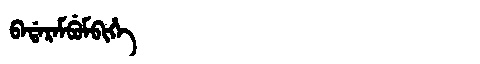
Manchu: ᠪᠠᡩᠠᡵᠠᠮᠪᡠᠮᠪᡳᡥᡝ
Romanization: BADARAMBUMBIHE